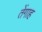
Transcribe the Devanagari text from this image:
तेंगाह